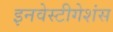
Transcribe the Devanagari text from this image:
इनवेस्टीगेशंस